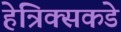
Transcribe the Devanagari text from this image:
हेन्रिक्सकडे